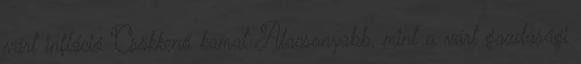
várt infláció Csökkenő kamat Alacsonyabb, mint a várt gazdasági